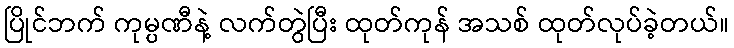
ပြိုင်ဘက် ကုမ္ပဏီနဲ့ လက်တွဲပြီး ထုတ်ကုန် အသစ် ထုတ်လုပ်ခဲ့တယ်။